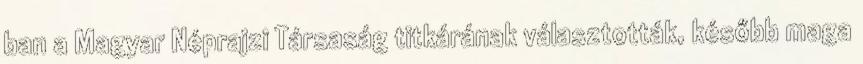
ban a Magyar Néprajzi Társaság titkárának választották, később maga